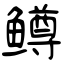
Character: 鳟